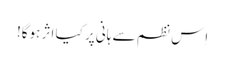
اِس نظم سے ہانی پر کیا اثر ہوگا!